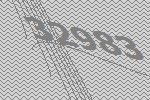
32983